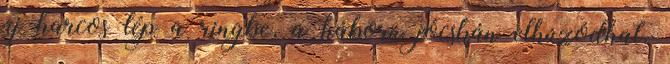
új harcos lép a ringbe, a háború jócskán elhúzódhat.